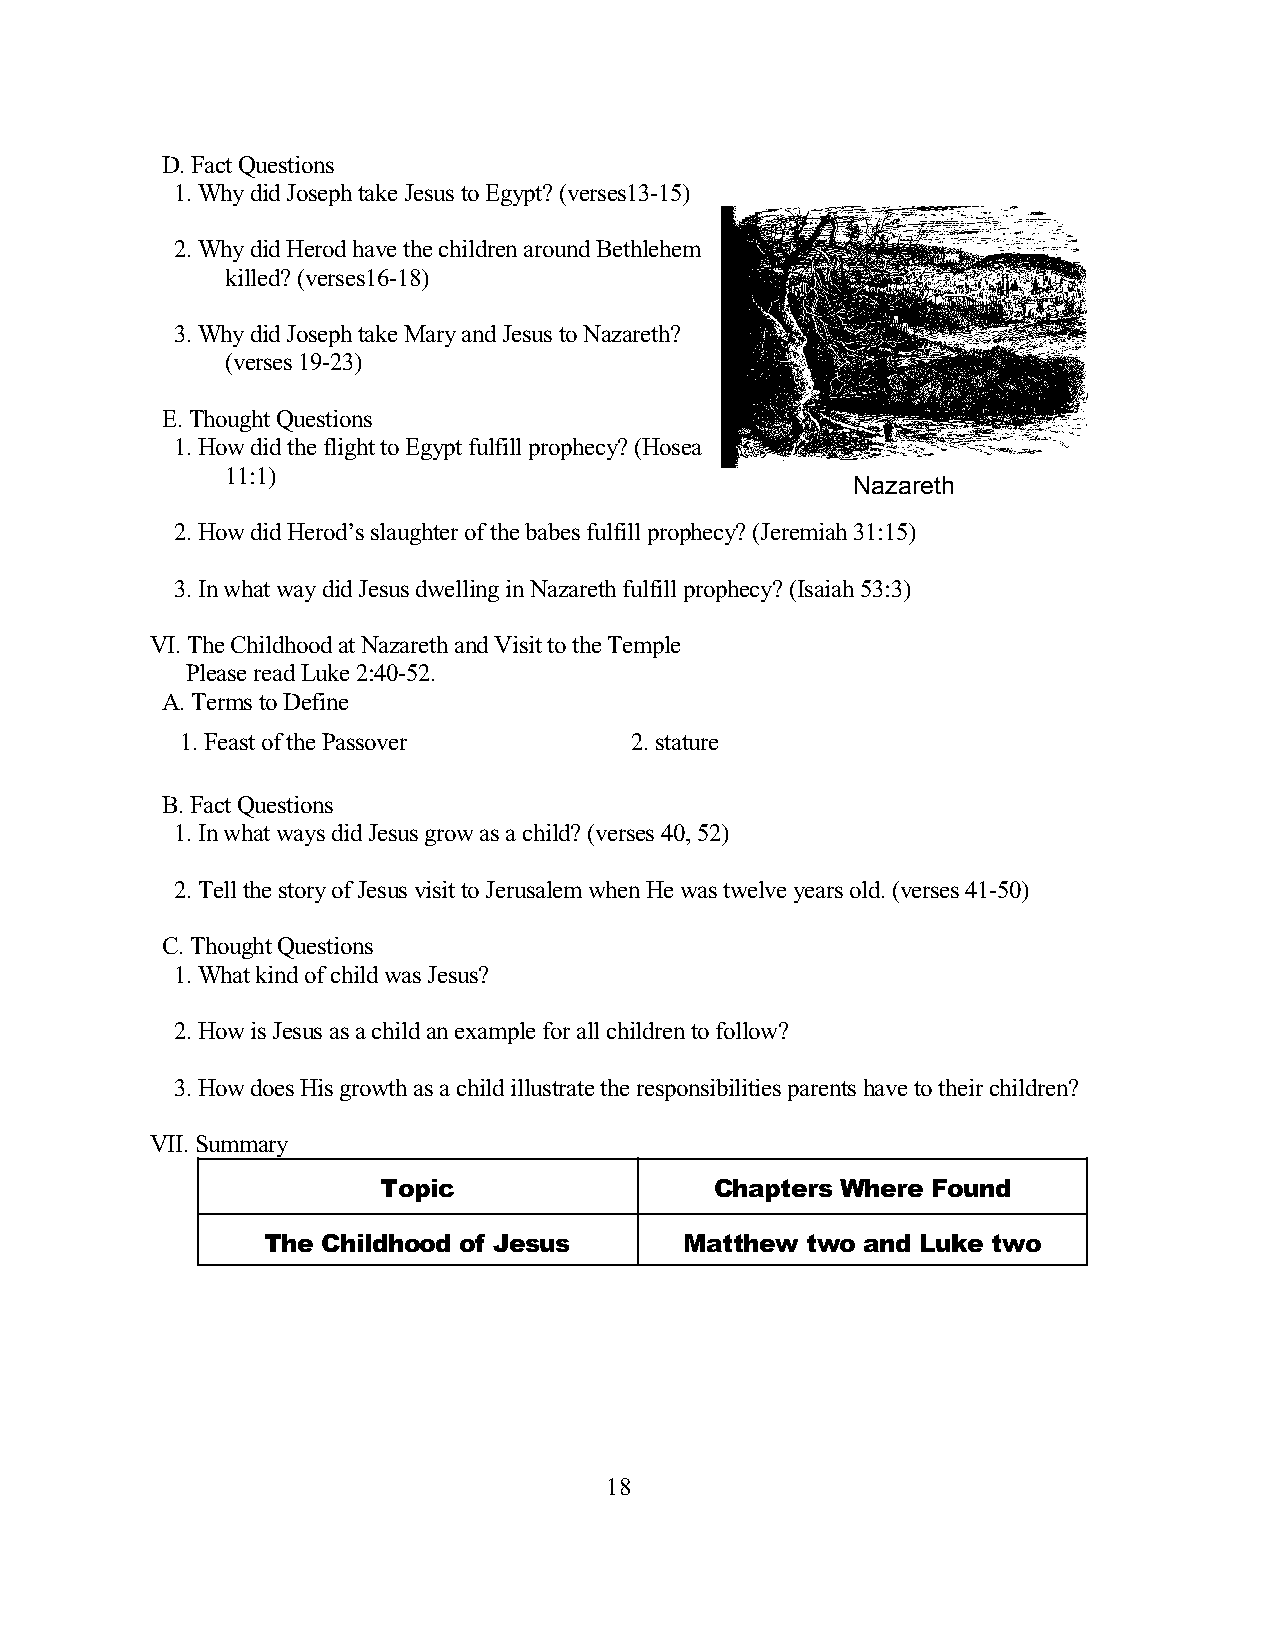
D. Fact Questions
 1. Why did Joseph take Jesus to Egypt? (verses13-15)
 2. Why did Herod have the children around Bethlehem
 killed? (verses16-18)
 3. Why did Joseph take Mary and Jesus to Nazareth?
 (verses 19-23)
 E. Thought Questions
 1. How did the flight to Egypt fulfill prophecy? (Hosea
 11:1)
 Nazareth
 2. How did Herod’s slaughter of the babes fulfill prophecy? (Jeremiah 31:15)
 3. In what way did Jesus dwelling in Nazareth fulfill prophecy? (Isaiah 53:3)
 VI. The Childhood at Nazareth and Visit to the Temple
 Please read Luke 2:40-52.
 A. Terms to Define
 1. Feast of the Passover      2. stature
 B. Fact Questions
 1. In what ways did Jesus grow as a child? (verses 40, 52)
 2. Tell the story of Jesus visit to Jerusalem when He was twelve years old. (verses 41-50)
 C. Thought Questions
 1. What kind of child was Jesus?
 2. How is Jesus as a child an example for all children to follow?
 3. How does His growth as a child illustrate the responsibilities parents have to their children?
 VII. Summary
 Topic                 Chapters Where Found
 The Childhood of Jesus      Matthew two and Luke two
 18